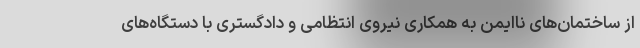
از ساختمان‌های ناایمن به همکاری نیروی انتظامی و دادگستری با دستگاه‌های